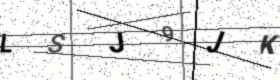
Text: LSJ9JK